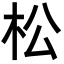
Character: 松